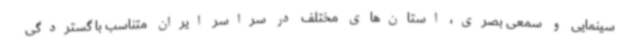
سینمایی و سمعی بصری، استان‌های مختلف در سراسر ایران متناسب با گستردگی